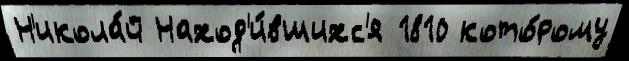
Н'икола́й Наход'и́вшихс'я 1810 кото́рому